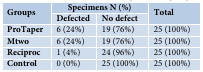
<table><thead><tr><td rowspan="2"><b>Groups</b></td><td colspan="2"><b>Specimens N (%)</b></td><td rowspan="2"><b>Total</b></td></tr><tr><td><b>Defected</b></td><td><b>No defect</b></td></tr></thead><tbody><tr><td><b>ProTaper</b></td><td>6 (24%)</td><td>19 (76%)</td><td>25 (100%)</td></tr><tr><td><b>Mtwo</b></td><td>6 (24%)</td><td>19 (76%)</td><td>25 (100%)</td></tr><tr><td><b>Reciproc</b></td><td>1 (4%)</td><td>24 (96%)</td><td>25 (100%)</td></tr><tr><td><b>Control</b></td><td>0 (0%)</td><td>25 (100%)</td><td>25 (100%)</td></tr></tbody></table>